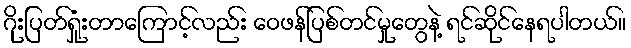
ဂိုးပြတ်ရှုံးတာကြောင့်လည်း ဝေဖန်ပြစ်တင်မှုတွေနဲ့ ရင်ဆိုင်နေရပါတယ်။